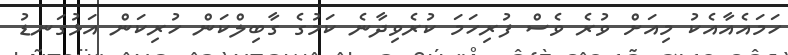
ހަމައެއާއެކު މިއަށް ވުރެ ވެސް ފުރިހަމަ ކުރެވިދާނެ ކަމުގެ ގާބިލްކަން ހުރިކަން އަޅުގަނޑު